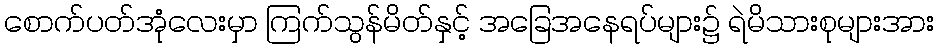
စောက်ပတ်အုံလေးမှာ ကြက်သွန်မိတ်နှင့် အခြေအနေရပ်များ၌ ရဲမိသားစုများအား